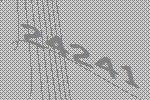
24241